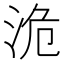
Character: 洈